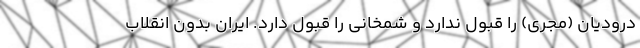
درودیان (مجری) را قبول ندارد و شمخانی را قبول دارد. ایران بدون انقلاب